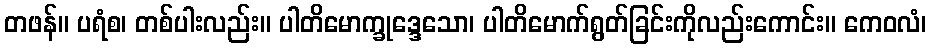
တဖန်။ ပရံစ၊ တစ်ပါးလည်း။ ပါတိမောက္ခုဒ္ဒေသော၊ ပါတိမောက်ရွတ်ခြင်းကိုလည်းကောင်း။ ကေဝလံ၊